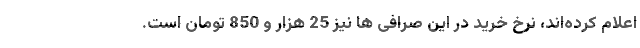
اعلام کرده‌اند، نرخ خرید در این صرافی ها نیز 25 هزار و 850 تومان است.